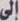
إلى